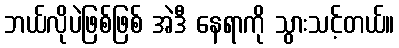
ဘယ်လိုပဲဖြစ်ဖြစ် အဲဒီ နေရာကို သွားသင့်တယ်။